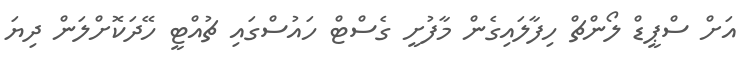
އަށް ސްޕީޑް ލޯންޗް ހިފާލައިގެން މާފުށީ ގެސްޓް ހައުސްގައި ޗުއްޓީ ހޭދަކޮށްލަން ދިޔަ